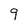
Character: 9